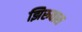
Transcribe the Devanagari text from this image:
झिरुवास